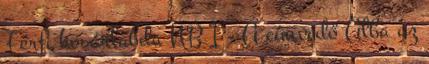
Férfi kosárlabda NB I - A címvédő Alba az